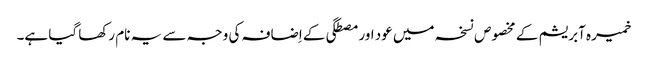
خمیرہ آبریشم کے مخصوص نسخہ میں عود اور مصطگی کے اِضافہ کی وجہ سے یہ نام رکھا گیا ہے۔